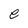
Character: e